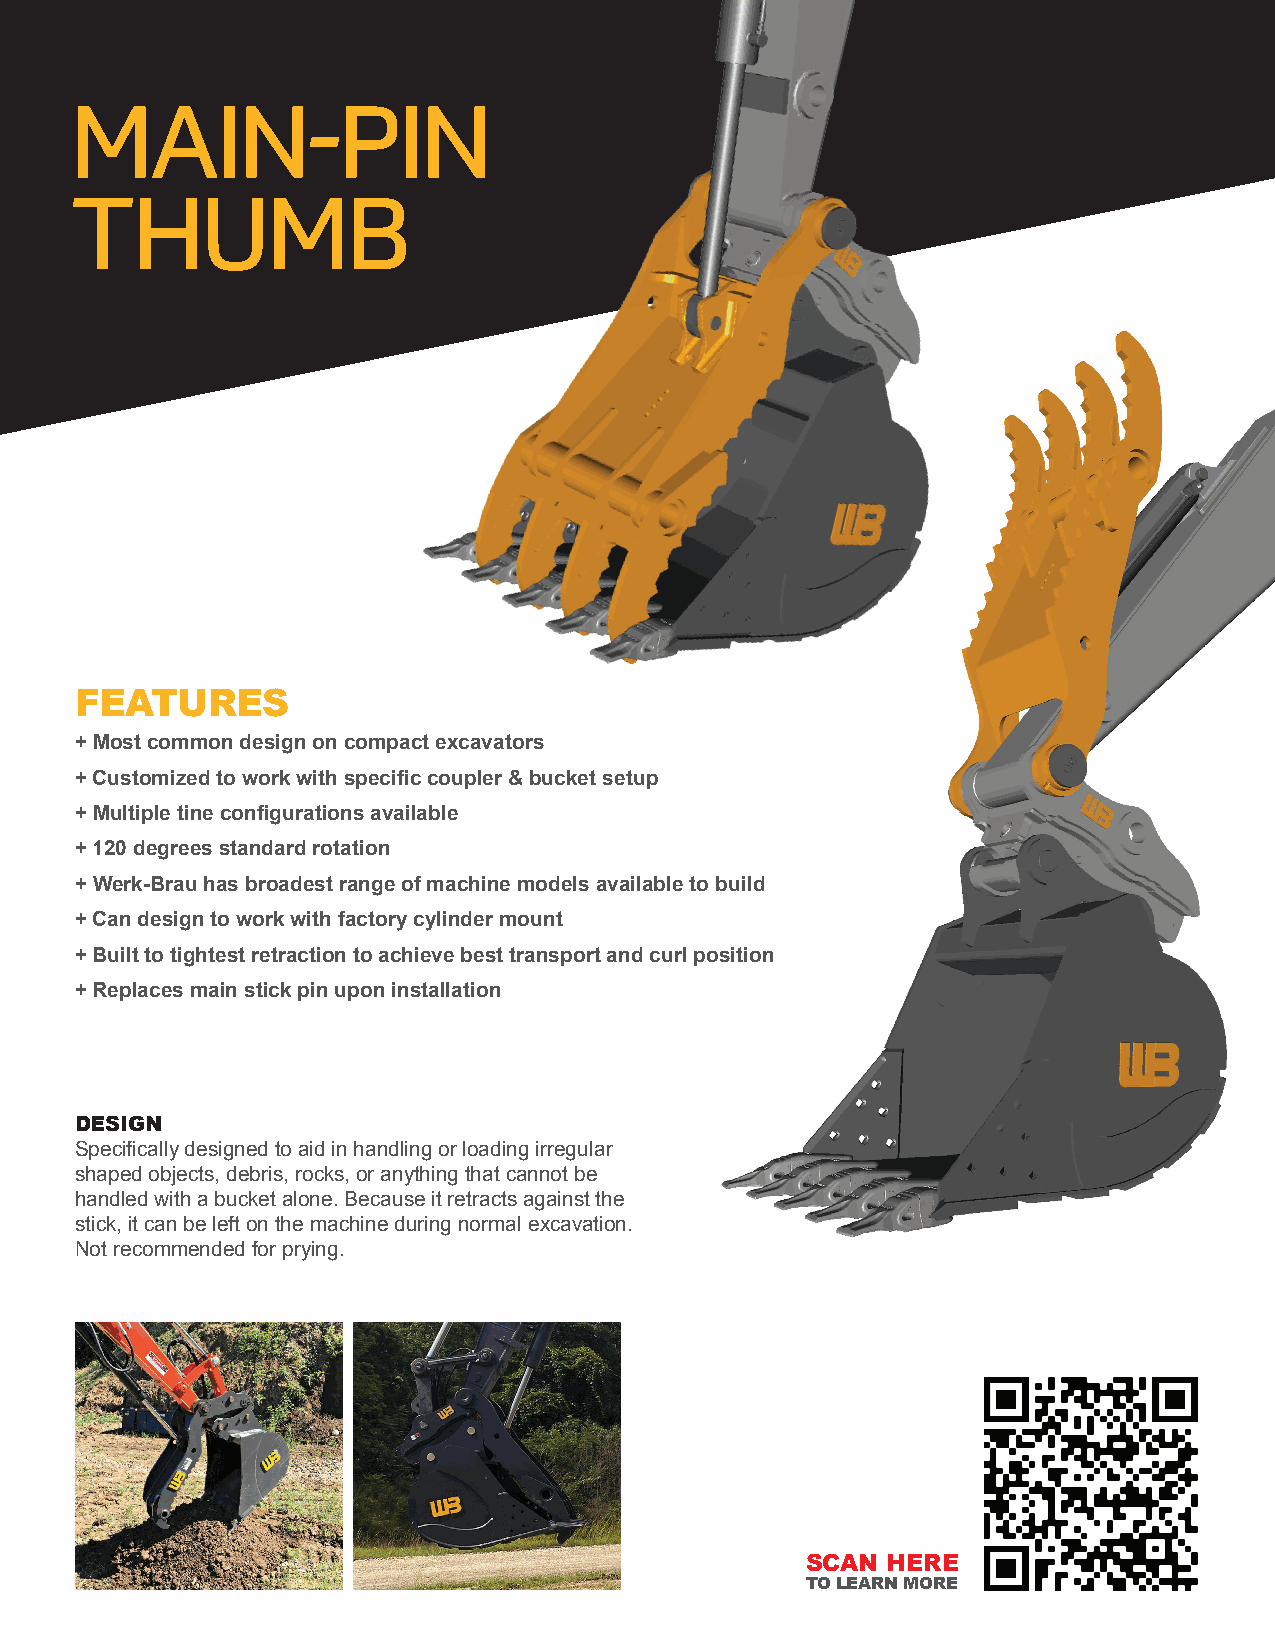
MAIN-PIN
 THUMB
 FEATURES
 + Most common design on compact excavators
 + Customized to work with specific coupler & bucket setup
 + Multiple tine configurations available
 + 120 degrees standard rotation
 + Werk-Brau has broadest range of machine models available to build
 + Can design to work with factory cylinder mount
 + Built to tightest retraction to achieve best transport and curl position
 + Replaces main stick pin upon installation
 DESIGN
 Specifically designed to aid in handling or loading irregular
 shaped objects, debris, rocks, or anything that cannot be
 handled with a bucket alone. Because it retracts against the
 stick, it can be left on the machine during normal excavation.
 Not recommended for prying.
 SCAN  HERE
 TO LEARN MORE